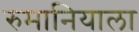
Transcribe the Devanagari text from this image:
रुमानियाला